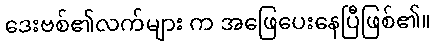
ဒေးဗစ်၏လက်များ က အဖြေပေးနေပြီဖြစ်၏။